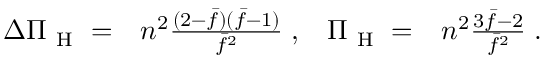
\begin{array} { r l r l } { \Delta \Pi _ { \mathrm { ~ H ~ } } = } & { { } n ^ { 2 } \frac { ( 2 - \bar { f } ) ( \bar { f } - 1 ) } { \bar { f } ^ { 2 } } \; , } & { \Pi _ { \mathrm { ~ H ~ } } = } & { { } n ^ { 2 } \frac { 3 \bar { f } - 2 } { \bar { f } ^ { 2 } } \; . } \end{array}